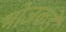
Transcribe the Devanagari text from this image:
भोजकडे